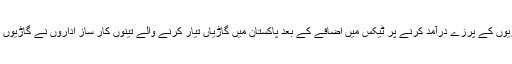
یاد رہے کہ گزشتہ ماہ حکومت کی جانب سے گاڑیوں کے پرزے درآمد کرنے پر ٹیکس میں اضافے کے بعد پاکستان میں گاڑیاں تیار کرنے والے تینوں کار ساز اداروں نے گاڑیوں کی قیمتوں میں ایک سے ڈیڑھ فیصد اضافہ کیا تھا۔